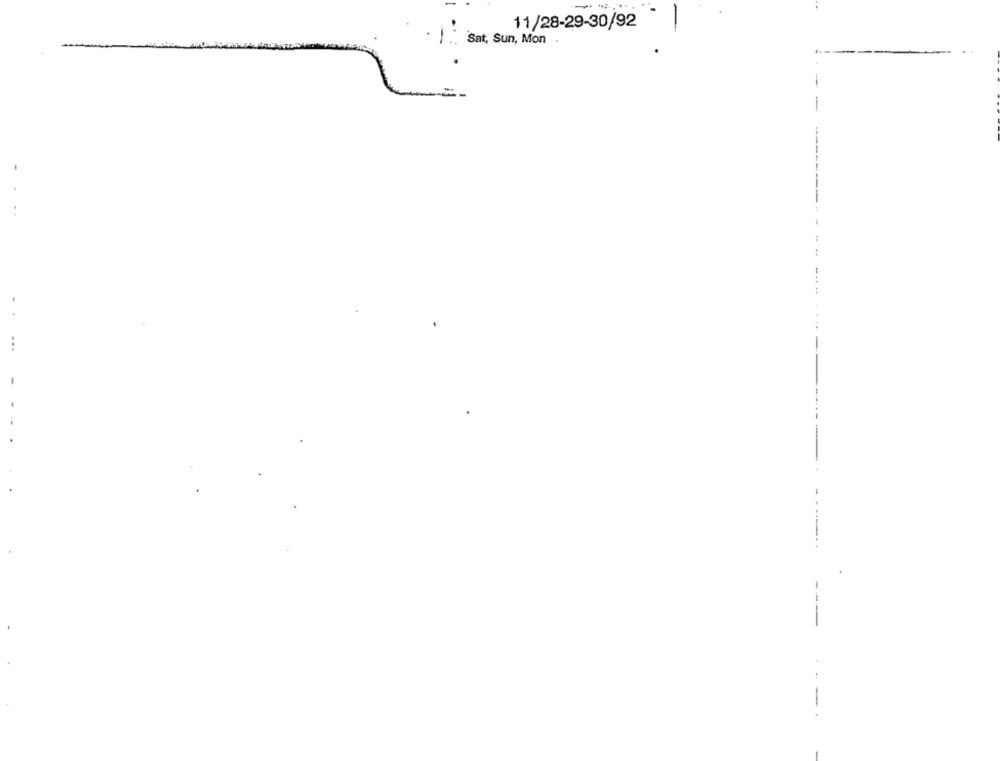
11/28-29-30/92
Sat, Sun, Mon
-